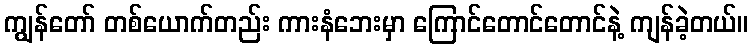
ကျွန်တော် တစ်ယောက်တည်း ကားနံဘေးမှာ ကြောင်တောင်တောင်နဲ့ ကျန်ခဲ့တယ်။